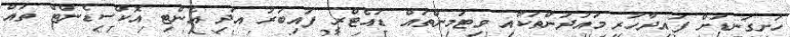
ހަށިގަނޑަށް ފައިދާހުރި މައުދަންތަކާއި ވިޓަމިންތައް ޑައެޓްރީ ފައިބަރު އަދި އެންޓި އޮކްސިޑެންޓް ތައް